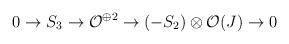
LaTeX: \begin{align*}0\rightarrow S_3\rightarrow {\cal O}^{\oplus 2}\rightarrow(-S_2)\otimes{\cal O}(J)\rightarrow 0\end{align*}